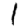
Digit: 1